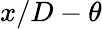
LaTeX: x/D-\theta